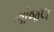
ભોજલ